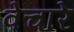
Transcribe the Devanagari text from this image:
वेचारे